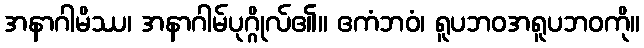
အနာဂါမိဿ၊ အနာဂါမ်ပုဂ္ဂိုလ်၏။ ဧကံဘဝံ၊ ရူပဘဝအရူပဘဝကို။